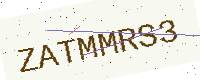
Text: ZATMMRS3